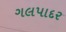
ગલપાદર